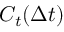
C _ { t } ( \Delta t )